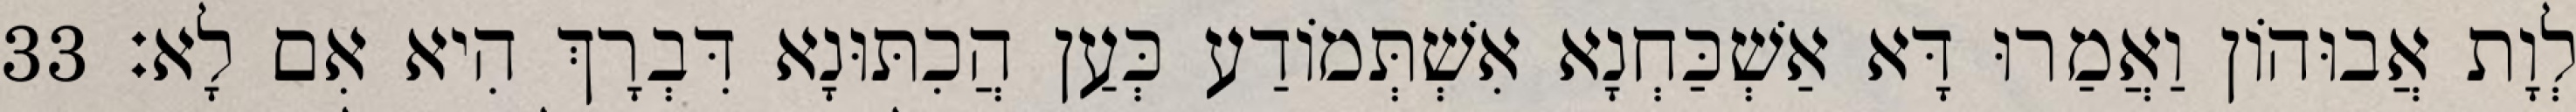
לְוָת אֲבוּהוֹן וַאֲמַרוּ דָּא אַשְׁכַּחְנָא אִשְׁתְּמוֹדַע כְּעַן הֲכִתּוּנָא דִּבְרָךְ הִיא אִם לָא׃ 33